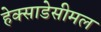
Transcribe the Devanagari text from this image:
हेक्साडेसीमल